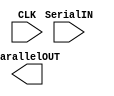
`timescale 1ns / 1ps
//////////////////////////////////////////////////////////////////////////////////
// Company: 
// Engineer: 
// 
// Design Name: 
// Module Name:    SerialReceiver 
// Project Name: 
// Target Devices: 
// Tool versions: 
// Description: 
//
// Dependencies: 
//
// Revision: 
// Revision 0.01 - File Created
// Additional Comments: 
//
//////////////////////////////////////////////////////////////////////////////////
module SerialReceiver(
    input CLK,
    input SerialIN,
    output [9:0] ParallelOUT
    );


endmodule